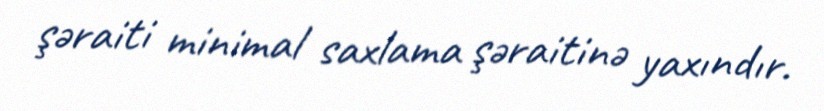
şəraiti minimal saxlama şəraitinə yaxındır.